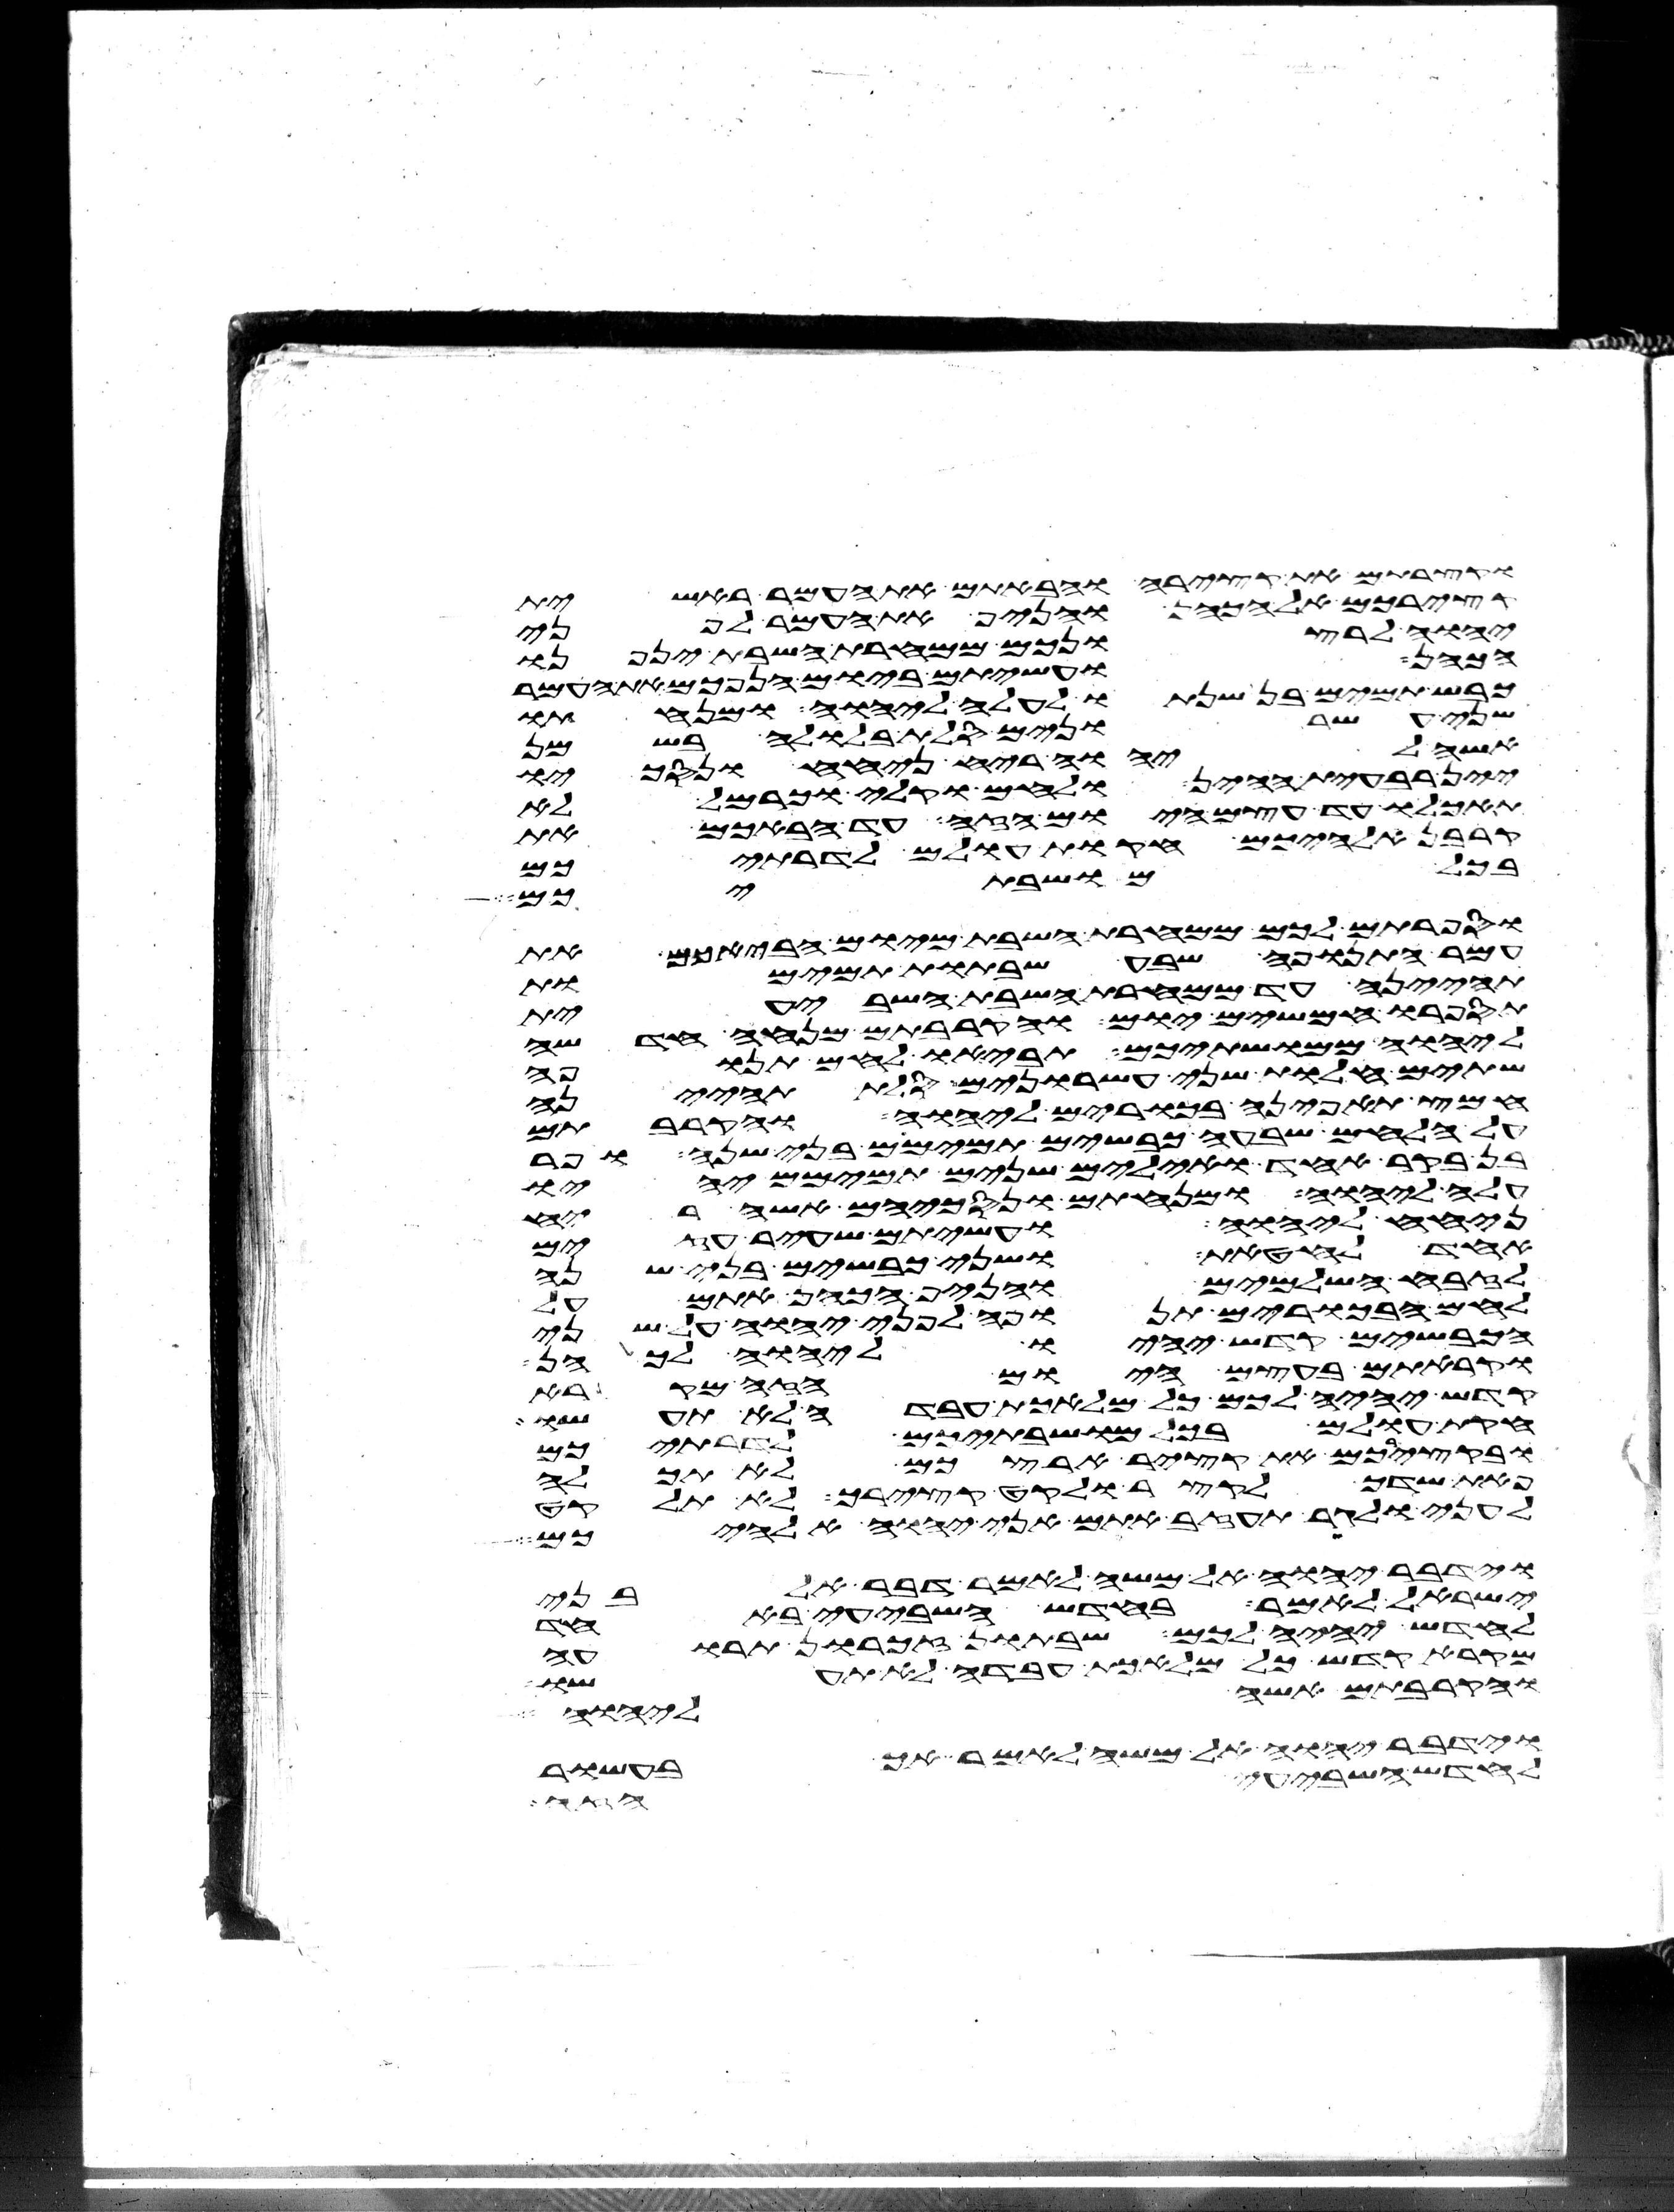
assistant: וקצרתם את קצירה והבאתם את העמר ראשית
קצירכם אל הכהן והניף את העמר לפני
יהוה לרצונכם ממחרת השבת יניפנו
הכהן ועשיתם ביום הנפכם את העמר
כבש תמים בן שנתו לעלה ליהוה ומנחתו
שני עשרנים סלת בלולה בשמן
אשה ליהוה ריח ניחח ונסכו
יין רביעית ההין ולחם וקלי וכרמל לא
תאכלו עד עצם היום הזה עד הבאכם את
קרבן אלהיכם חקת עולם לדרתיכם
בכל מושבתיכם
וספרתם לכם ממחרת השבת מיום הבאכם את
עמר התנופה שבע שבתות תמימות
תהיינה עד ממחרת השבת השביעית
תספרו חמשים יום והקרבתם מנחה חדשה
ליהוה ממושבתיכם תביאו לחם תנופה
שתים חלות שני עשרנים סלת תהינה
חמץ תאפינה בכורים ליהוה והקרבתם
על הלחם שבעה כבשים תמימם בני שנה ופר
בן בקר אחד ואילים שנים תמימם יהיו
עלה ליהוה ומנחתם ונסכיהם אשה ריח
ניחח ליהוה ועשיתם שעיר עזים
אחד לחטאת ושני כבשים בני שנה
לזבח השלמים והניף הכהן אתם על
לחם הבכורים תנופה לפני יהוה על שני
הכבשים קדש יהיו ליהוה לכהן
וקראתם בעצם היום הזה מקרא
קדש יהיה לכם כל מלאכת עבדה לא תעשו
חקות עולם בכל מושבתיכם לדרתיכם
ובקצירכם את קציר ארצכם לא תכלה
פאת שדך לקצר ולקט קצירך לא תלקט
לעני ולגר תעזב אתם אני יהוה אלהיכם
וידבר יהוה אל משה לאמר דבר אל בני
ישראל לאמר בחדש השביעי באחד
לחדש יהיה לכם שבתון זכרון תרועה
מקרא קדש כל מלאכת עבדה לא תעשו
והקרבתם אשה ליהוה
וידבר יהוה אל משה לאמר אך בעשור
לחדש השביעי הזה